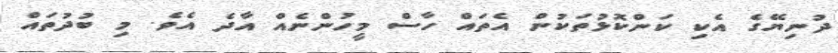
ދުނިޔޭގެ އެކި ކަންކޮޅުތަކުން އެތައް ހާސް މީހުންނެއް އާދެ އެވެ. މި ބުދުތައް